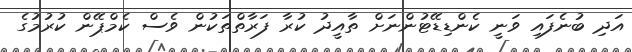
އަދި ބުނެފައި ވަނީ ކެންޑިޑޭޓުންނަށް ތާއީދު ކުރާ ފަރާތްތަކުން ވެސް ކެމްޕޭން ކުރުމުގެ